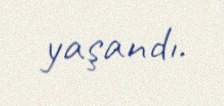
yaşandı.